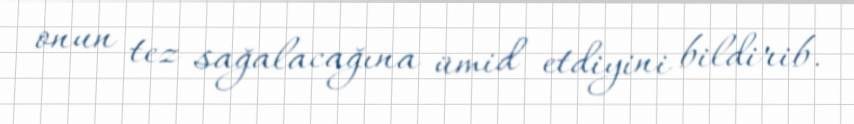
onun tez sağalacağına ümid etdiyini bildirib.